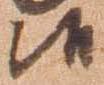
候